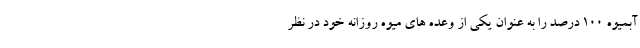
آبمیوه 100 درصد را به عنوان یکی از وعده های میوه روزانه خود در نظر